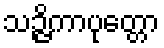
သဉ္ဇိကာပုတ္တော